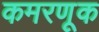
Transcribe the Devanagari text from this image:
कमरणूक